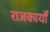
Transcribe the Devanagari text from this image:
राजकार्यों